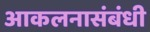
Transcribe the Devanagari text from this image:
आकलनासंबंधी